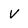
Character: V